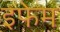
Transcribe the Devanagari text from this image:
इफेम